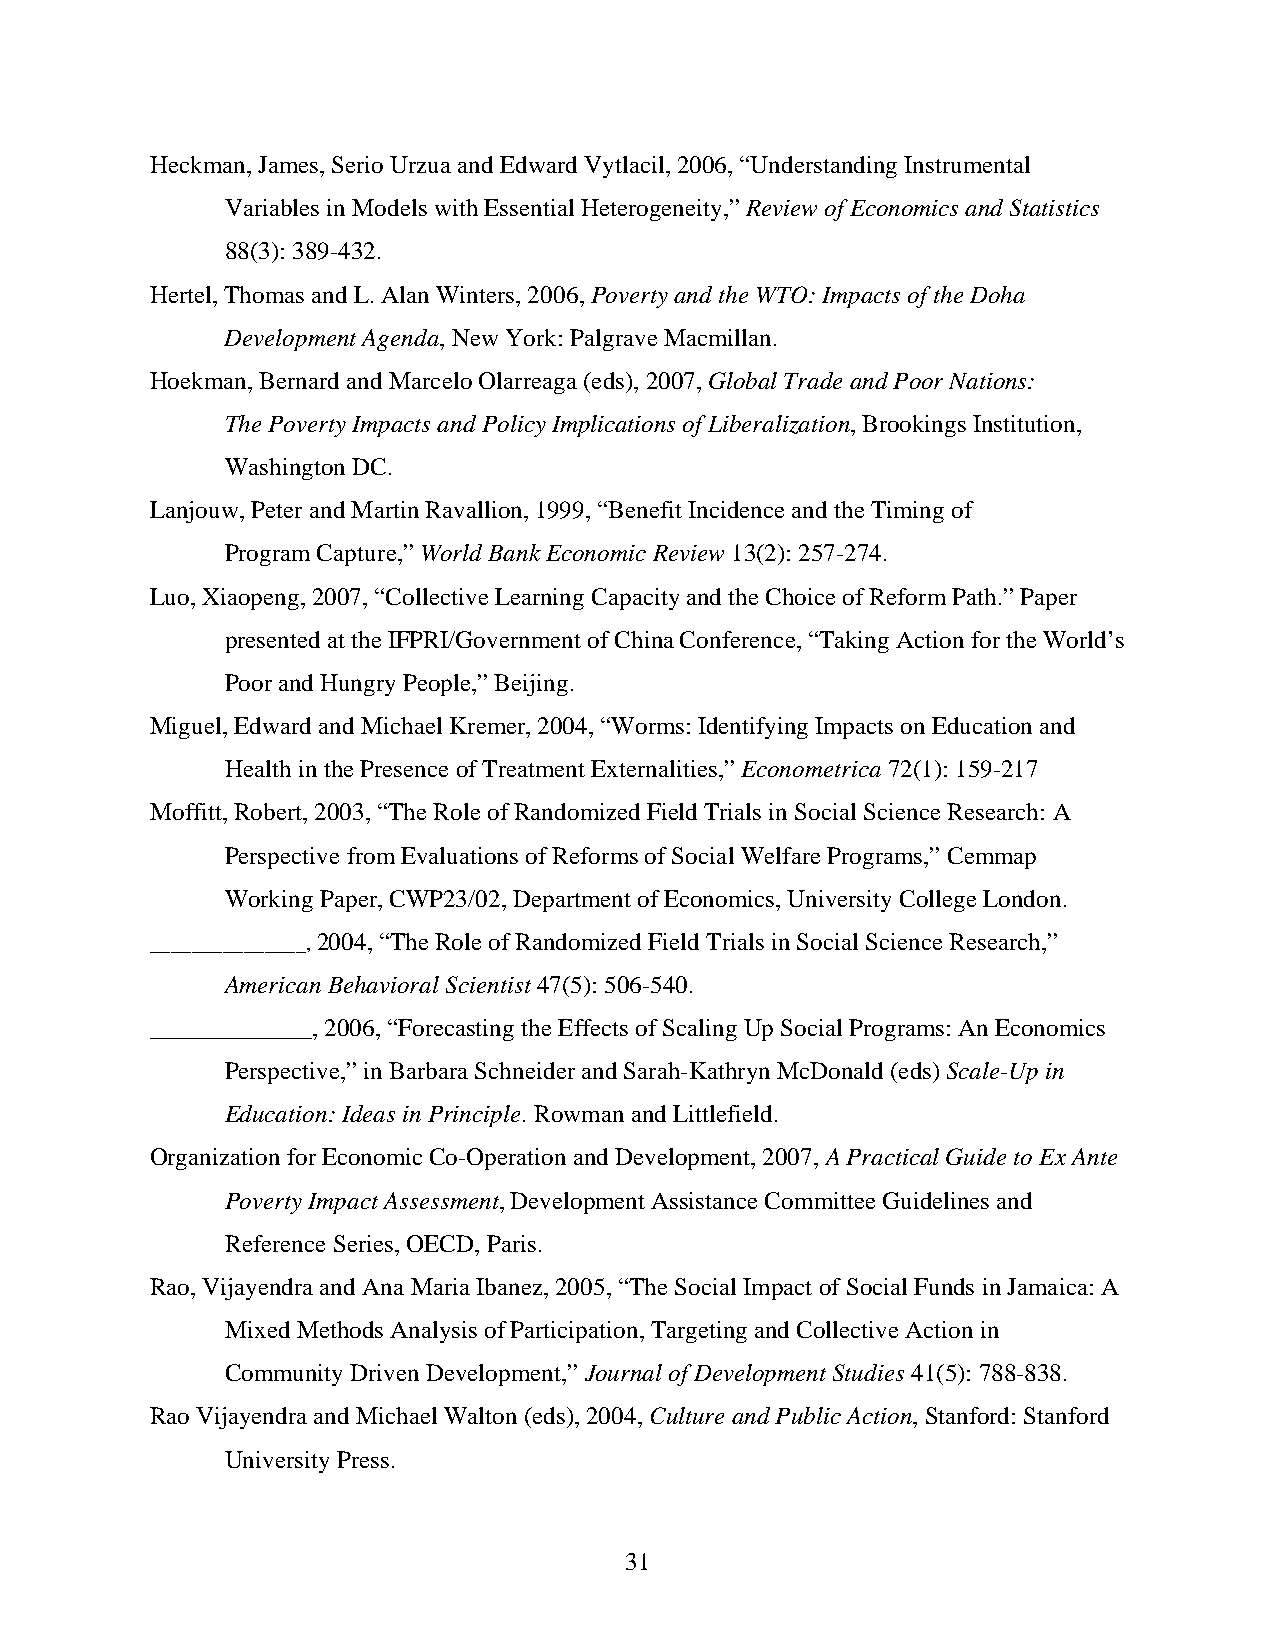
Heckman, James, Serio Urzua and Edward Vytlacil, 2006, “Understanding Instrumental
 Variables in Models with Essential Heterogeneity,” Review of Economics and Statistics
 88(3): 389-432.
 Hertel, Thomas and L. Alan Winters, 2006, Poverty and the WTO: Impacts of the Doha
 Development Agenda, New York: Palgrave Macmillan.
 Hoekman, Bernard and Marcelo Olarreaga (eds), 2007, Global Trade and Poor Nations:
 The Poverty Impacts and Policy Implications of Liberalization, Brookings Institution,
 Washington DC.
 Lanjouw, Peter and Martin Ravallion, 1999, “Benefit Incidence and the Timing of
 Program Capture,” World Bank Economic Review 13(2): 257-274.
 Luo, Xiaopeng, 2007, “Collective Learning Capacity and the Choice of Reform Path.” Paper
 presented at the IFPRI/Government of China Conference, “Taking Action for the World’s
 Poor and Hungry People,” Beijing.
 Miguel, Edward and Michael Kremer, 2004, “Worms: Identifying Impacts on Education and
 Health in the Presence of Treatment Externalities,” Econometrica 72(1): 159-217
 Moffitt, Robert, 2003, “The Role of Randomized Field Trials in Social Science Research: A
 Perspective from Evaluations of Reforms of Social Welfare Programs,” Cemmap
 Working Paper, CWP23/02, Department of Economics, University College London.
 _______________, 2004, “The Role of Randomized Field Trials in Social Science Research,”
 American Behavioral Scientist 47(5): 506-540.
 _____________, 2006, “Forecasting the Effects of Scaling Up Social Programs: An Economics
 Perspective,” in Barbara Schneider and Sarah-Kathryn McDonald (eds) Scale-Up in
 Education: Ideas in Principle. Rowman and Littlefield.
 Organization for Economic Co-Operation and Development, 2007, A Practical Guide to Ex Ante
 Poverty Impact Assessment, Development Assistance Committee Guidelines and
 Reference Series, OECD, Paris.
 Rao, Vijayendra and Ana Maria Ibanez, 2005, “The Social Impact of Social Funds in Jamaica: A
 Mixed Methods Analysis of Participation, Targeting and Collective Action in
 Community Driven Development,” Journal of Development Studies 41(5): 788-838.
 Rao Vijayendra and Michael Walton (eds), 2004, Culture and Public Action, Stanford: Stanford
 University Press.
 31